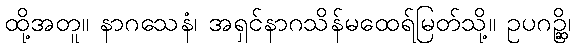
ထို့အတူ။ နာဂသေနံ၊ အရှင်နာဂသိန်မထေရ်မြတ်သို့။ ဥပဂဉ္ဆိ၊